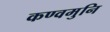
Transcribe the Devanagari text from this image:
कण्वमुनि